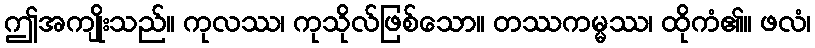
ဤအကျိုးသည်။ ကုလဿ၊ ကုသိုလ်ဖြစ်သော။ တဿကမ္မဿ၊ ထိုကံ၏။ ဖလံ၊